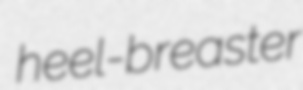
heel-breaster